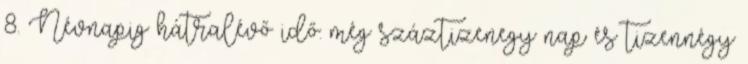
8. Névnapig hátralévő idő: még száztizenegy nap és tizennégy